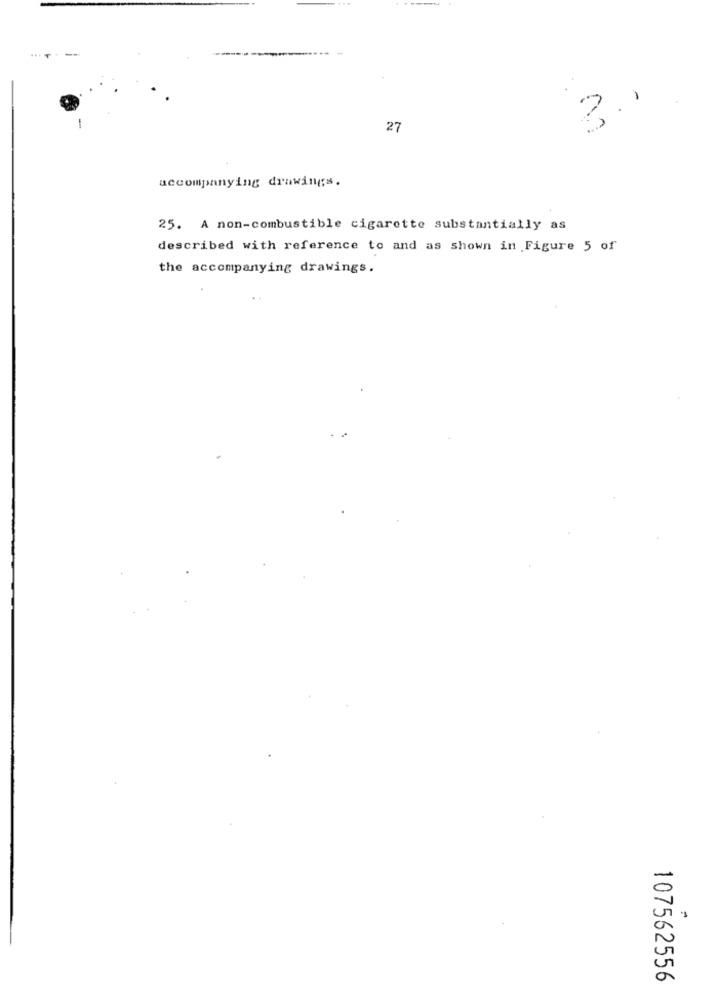
27
accompanying drawings.
25. A non-combustible cigarette substantially as
described with reference to and as shown in Figure 5 of
the accompanying drawings.
107562556